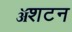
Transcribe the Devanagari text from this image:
ॲशटन